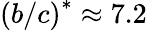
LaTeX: \left(b/c\right)^{\ast}\approx 7.2